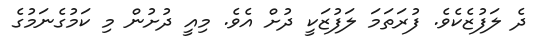
ދެ ލަފުޒެކެވެ. ފުރަތަމަ ލަފުޒަކީ ދުށް އެވެ. މިއީ ދުށުން މި ކަމުގެނަމުގެ